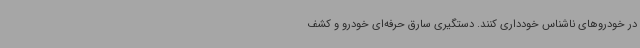
در خودروهای ناشناس خودداری کنند. دستگیری سارق حرفه‌ای خودرو و کشف